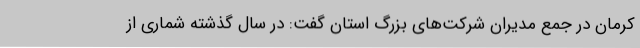
کرمان در جمع مدیران شرکت‌های بزرگ استان گفت: در سال گذشته شماری از